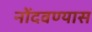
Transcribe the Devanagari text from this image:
नोंदवण्यास